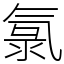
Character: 氯